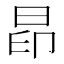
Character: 𰖄